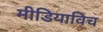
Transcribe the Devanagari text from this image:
मीडियाविच